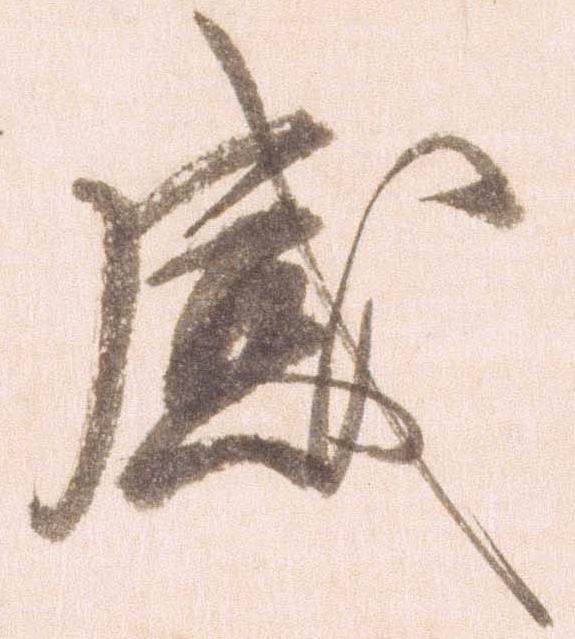
感